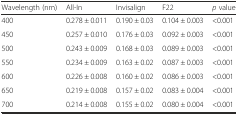
<table><thead><tr><td><b>Wavelength (nm)</b></td><td><b>All-In</b></td><td><b>Invisalign</b></td><td><b>F22</b></td><td><b><i>p</i> value</b></td></tr></thead><tbody><tr><td>400</td><td>0.278 ± 0.011</td><td>0.190 ± 0.03</td><td>0.104 ± 0.003</td><td>&lt;0.001</td></tr><tr><td>450</td><td>0.257 ± 0.010</td><td>0.176 ± 0.03</td><td>0.092 ± 0.003</td><td>&lt;0.001</td></tr><tr><td>500</td><td>0.243 ± 0.009</td><td>0.168 ± 0.03</td><td>0.089 ± 0.003</td><td>&lt;0.001</td></tr><tr><td>550</td><td>0.234 ± 0.009</td><td>0.163 ± 0.02</td><td>0.087 ± 0.003</td><td>&lt;0.001</td></tr><tr><td>600</td><td>0.226 ± 0.008</td><td>0.160 ± 0.02</td><td>0.086 ± 0.003</td><td>&lt;0.001</td></tr><tr><td>650</td><td>0.219 ± 0.008</td><td>0.157 ± 0.02</td><td>0.083 ± 0.004</td><td>&lt;0.001</td></tr><tr><td>700</td><td>0.214 ± 0.008</td><td>0.155 ± 0.02</td><td>0.080 ± 0.004</td><td>&lt;0.001</td></tr></tbody></table>